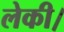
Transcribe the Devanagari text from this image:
लेकी।